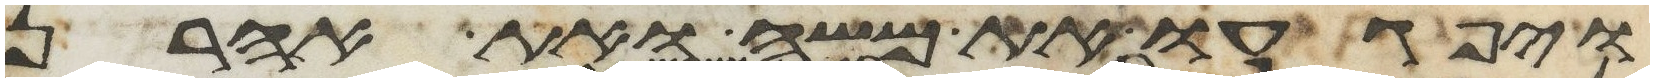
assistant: ויפגעו את משה ואת אהרן